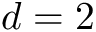
d = 2